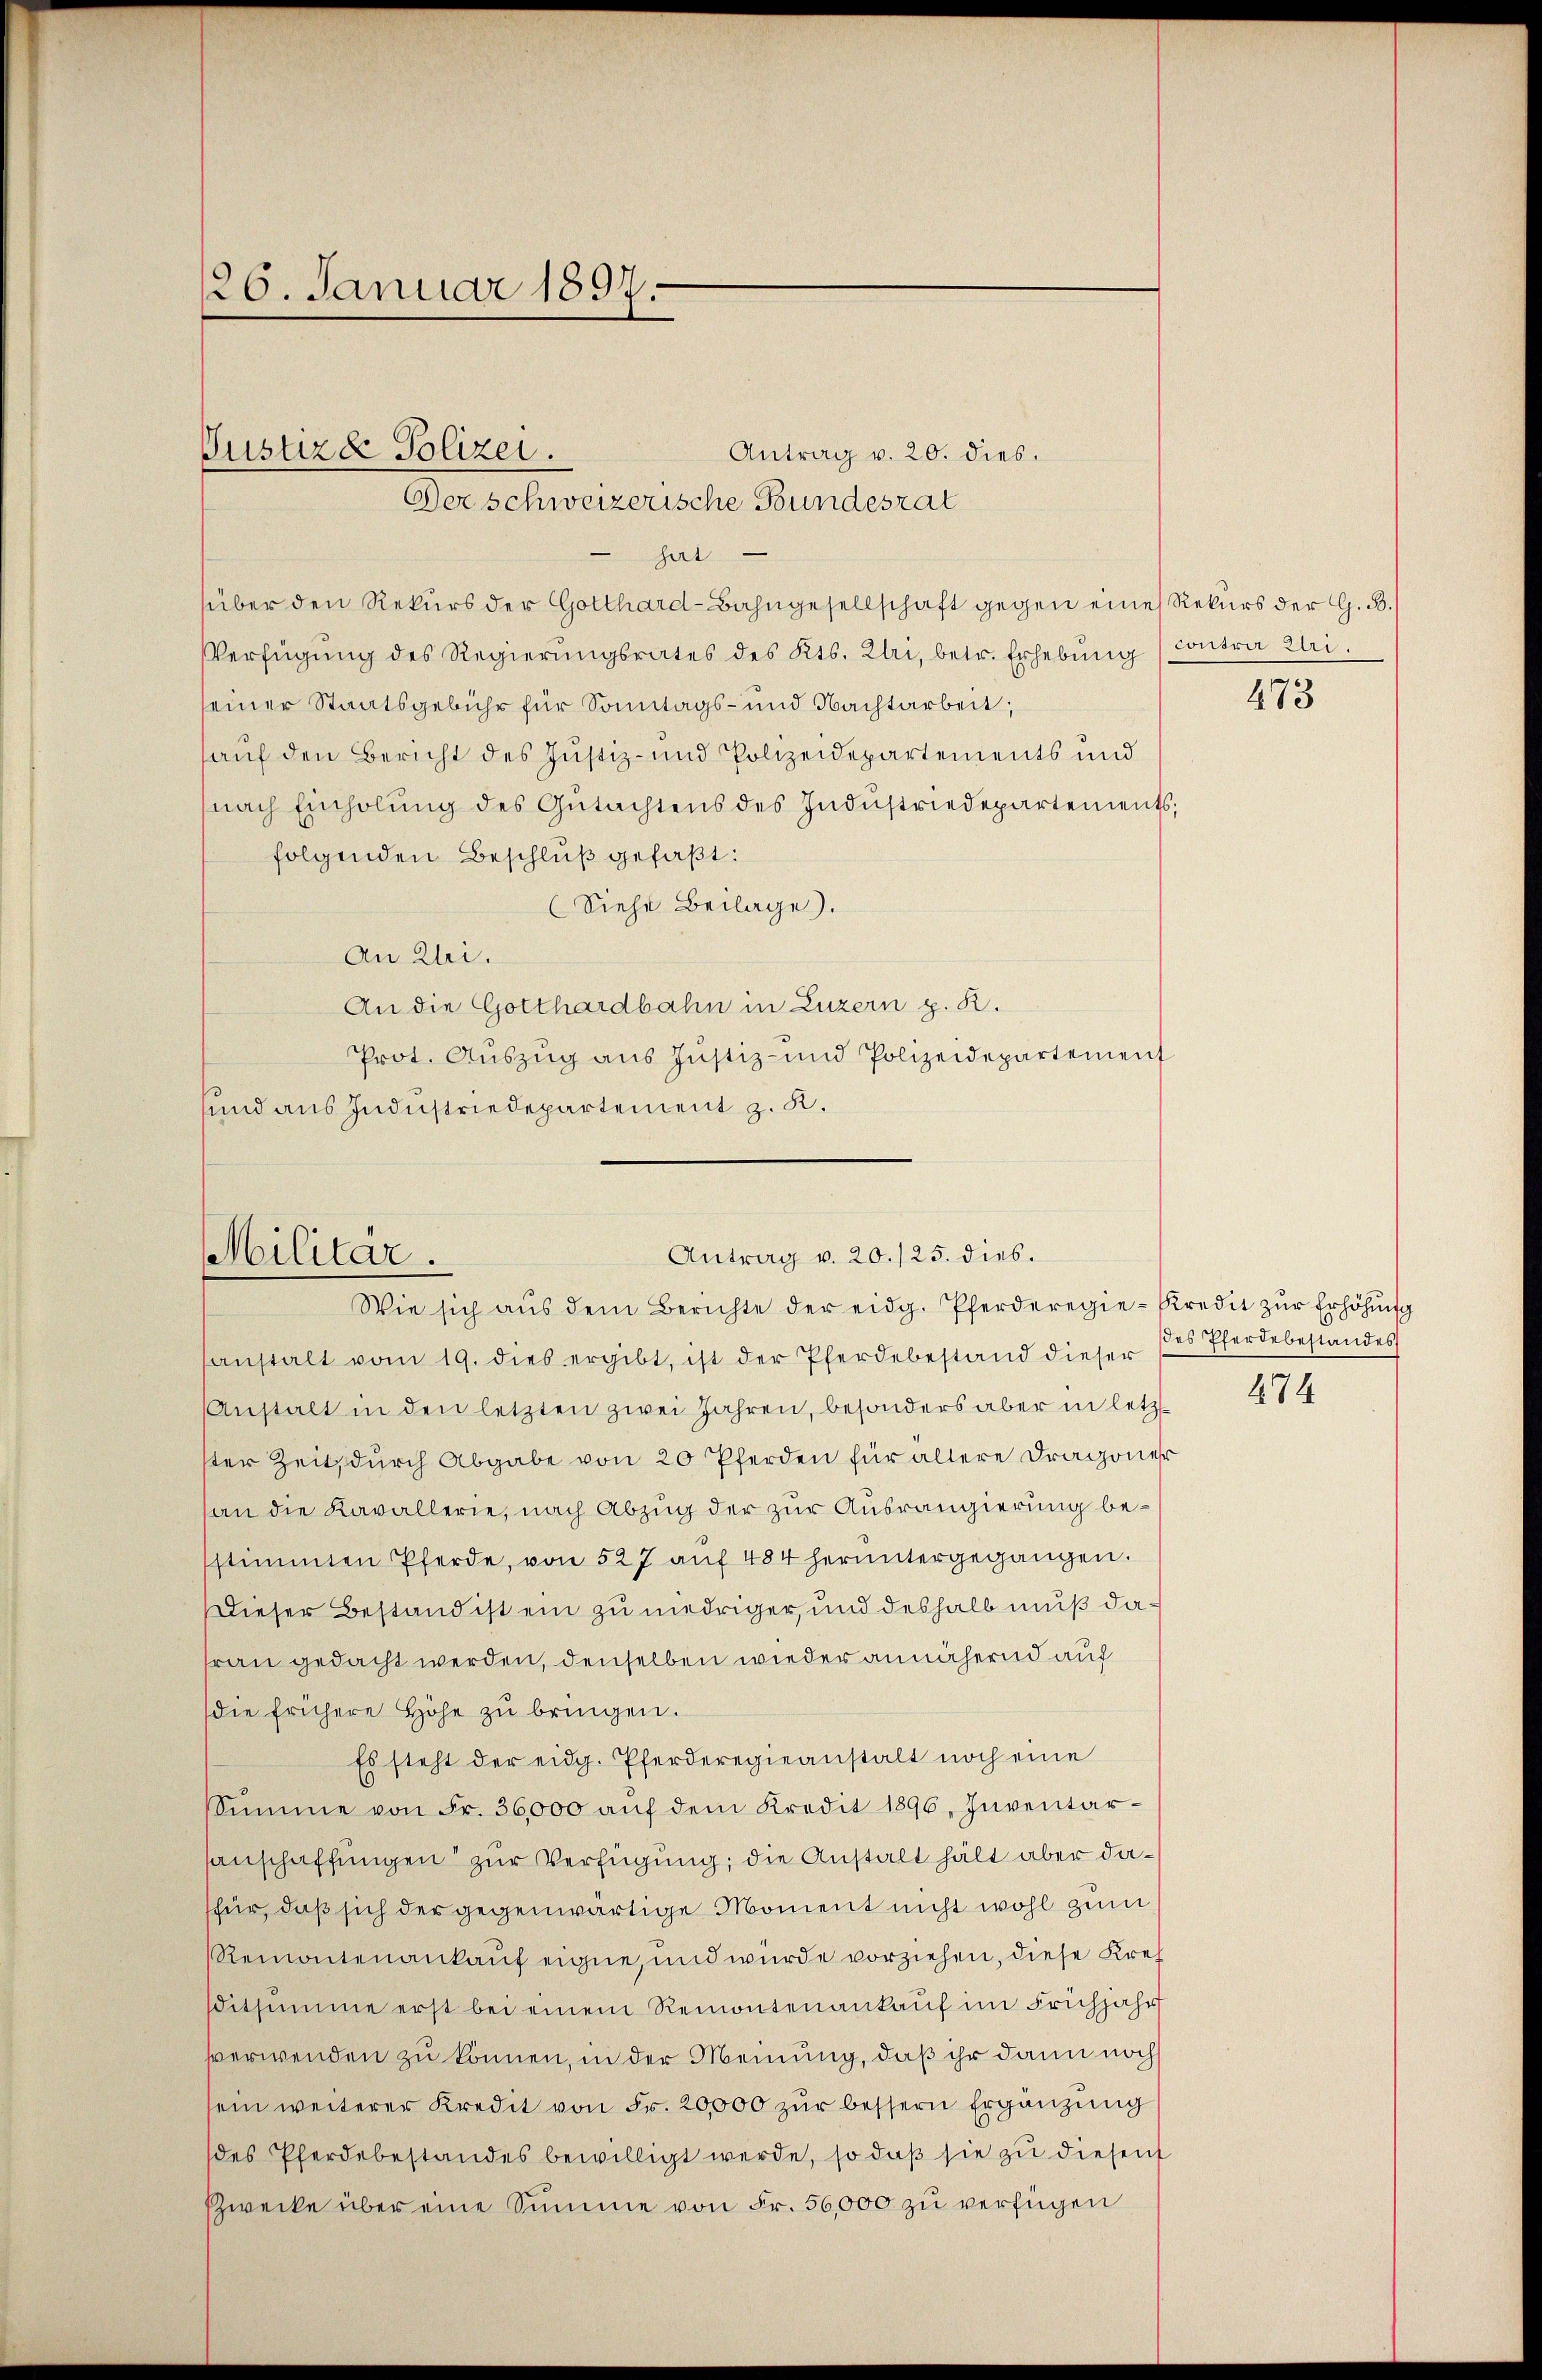
über den Rekurs der Gotthard-Bahngesellschaft gegen eine Rekurs der G. B.
Verfügŭng des Regierŭngsrates des Kts. Ztri, betr. Erhebŭng Contra Uri
seiner Staatsgebühr für Sonntags- und Nachtarbeit;
auf den Bericht des Justiz- und Polizeidepartements und
nach Einholung des Gutachtens des Industriedepartements;
folgenden Beschluß gefaßt:
(Siehe Beilage).
An Khri.
An die Gotthardbahn in Luzern p. R.
Prot. Aŭszŭg ans Justiz- und Polizeidepartement
sund aus Industriedepartement z. R.

126. Januar 1897.

Justizde Polizei.
Antrag v. 20. dies.
Der Schweizerische Bundesrat
hirt

Antrag v. 20./25. dies.
Militär.
Wie sich aŭs dem Berichte der eidg. Pferderegie-Kredit zŭr Erhöhŭng

anstalt vom 19. dies ergibt, ist der Pferdebestand dieser
Anstalt in den letzten zwei Jahren, besonders aber in letzster Zeit, durch Abgabe von 20 Pferden für ältere Dragoner
san die Kavallerie, nach Abzug der zur Ausrangierung besstimmten Pferde, von 527 aŭf 484 heruntergegangen.
Dieser Bestand ist ein zu niedriger, und deshalb muß dafrau gedacht werden, denselben wieder annähernd auf
die frühere Höhe zŭ bringen.
Es steht der eidg. Pferderegieanstalt noch eine
Summe von Fr. 36000 aŭf dem Kredit 1896, Inventarsanschaffungen zur Verfügung; die Anstalt hält aber dafür, daß sich der gegenwärtige Moment nicht wohl zum
Remontenankauf eigne, und wurde vorziehen, diese Kresditsumme erst bei einem Remontenankaŭf im Frühjahr
vverwenden zu können, in der Meinung, daß ihr dann noch
sein weiterer Kredit von Fr. 20000 zŭr bessern Ergänzung
des Pferdebestandes bewilligt werde, so daß sie zu diesent
Zwecke über eine Summe von Fr. 56,000 zu verfügen

473

des Pferdebestandes
474